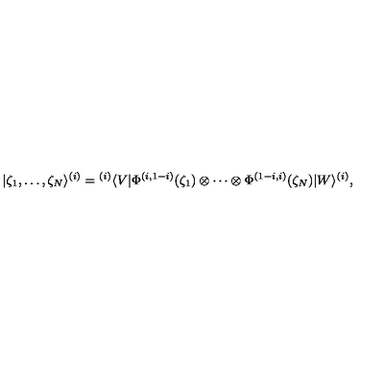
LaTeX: | \zeta _ { 1 } , \ldots , \zeta _ { N } \rangle ^ { ( i ) } = { } ^ { ( i ) } \langle V | \Phi ^ { ( i , 1 - i ) } ( \zeta _ { 1 } ) \otimes \cdots \otimes \Phi ^ { ( 1 - i , i ) } ( \zeta _ { N } ) | W \rangle ^ { ( i ) } ,